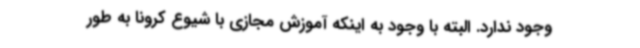
وجود ندارد. البته با وجود به اینکه آموزش مجازی با شیوع کرونا به طور